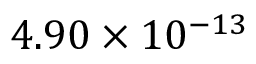
4 . 9 0 \times 1 0 ^ { - 1 3 }